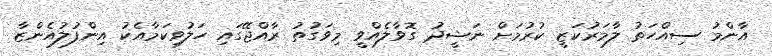
އާންމު ސިއްހަތު ލާމަރުކަޒީ ކުރުމަށް ނަޝީދު ގޮވާލެއްވީ މިވަގުތު ރާއްޖޭގައި ހަލުވިކަމާއެކު އިންފުލުއެންޒާ